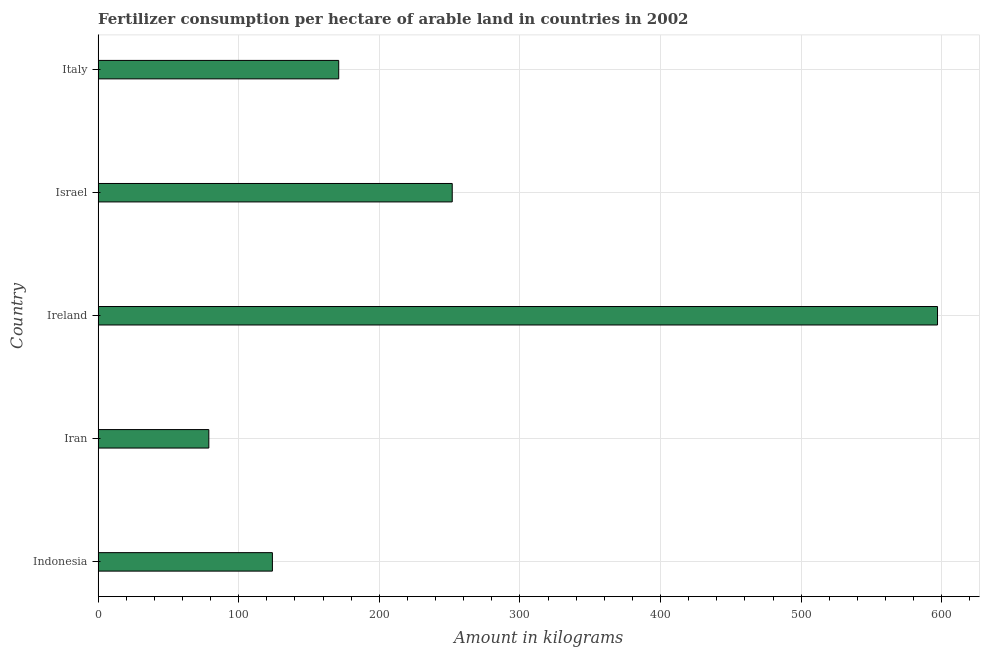
| Country | Fertilizer consumption |
 | --- | --- |
 | Indonesia | 124 |
 | Iran | 78.7 |
 | Ireland | 597 |
 | Israel | 252 |
 | Italy | 171 |